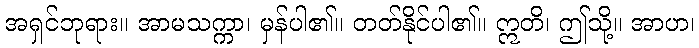
အရှင်ဘုရား။ အာမသက္ကာ၊ မှန်ပါ၏။ တတ်နိုင်ပါ၏။ ဣတိ၊ ဤသို့။ အာဟ၊